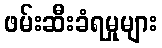
ဖမ်းဆီးခံရမှုများ